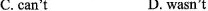
C.can't D. wasn't